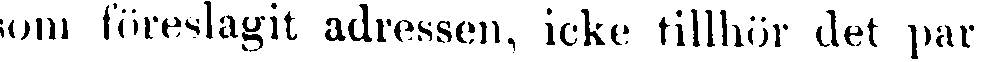
om föreslagit adressen, icke tillhör det par